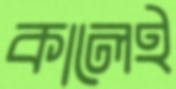
কালেই